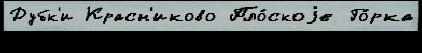
Дубк'и Красн'иково Пло́скоjе Го́рка